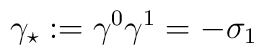
\gamma _{\star }:=\gamma ^{0}\gamma ^{1}=-\sigma _{1}